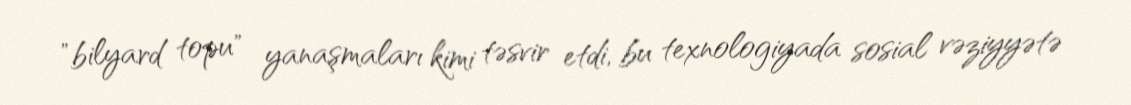
"bilyard topu" yanaşmaları kimi təsvir etdi, bu texnologiyada sosial vəziyyətə